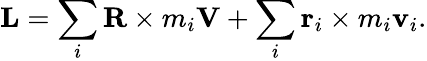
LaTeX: \mathbf{L}=\sum_{i}\mathbf{R}\times m_{i}\mathbf{V}+\sum_{i}\mathbf{r}_{i}\times m_{i}\mathbf{v}_{i}.